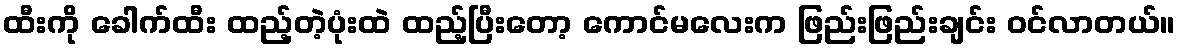
ထီးကို ခေါက်ထီး ထည့်တဲ့ပုံးထဲ ထည့်ပြီးတော့ ကောင်မလေးက ဖြည်းဖြည်းချင်း ဝင်လာတယ်။